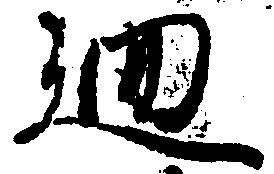
廻